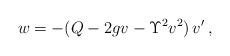
LaTeX: \begin{align*}w=-(Q-2gv-\Upsilon^2v^2)\,v'\,,\end{align*}